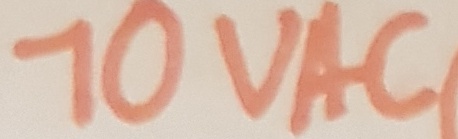
Text: 10VAC